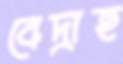
বেদ্রাহ